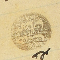
عضو حبيب نبهان ١٨٨٠